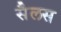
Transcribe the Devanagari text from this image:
सैलस